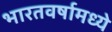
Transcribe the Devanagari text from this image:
भारतवर्षामध्ये